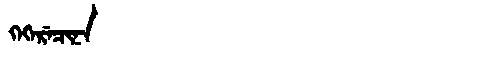
Manchu: ᡴᡝᡴᡝᡵᡝᠴᡳᠨᠠ
Romanization: KEKERECINA